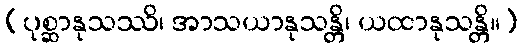
(ပုစ္ဆာနုသဿိ၊ အာသယာနုသန္တိ၊ ယထာနုသန္တိ။)